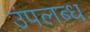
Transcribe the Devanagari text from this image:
उपल्‍ाब्‍ध